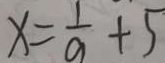
x = \frac { 1 } { a } + 5